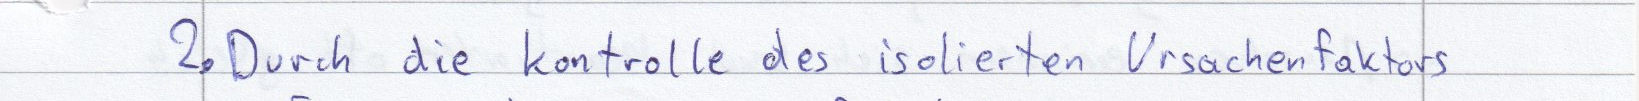
2. Durch die kontrolle des isolierten Ursachenfaktors